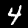
Label: 4